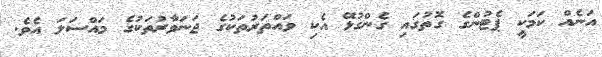
އަނެއް ކަމަކީ ޕެޓުންގެ ގޮތުގައި ގެންގުޅޭ އެކި ވައްތަރުތަކުގެ ޖަނަވާރުތަކުގެ މައްސަލަ އެވެ.